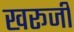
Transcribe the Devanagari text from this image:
खरूजी